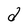
Character: d